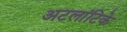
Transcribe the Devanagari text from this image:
अटलांटिके